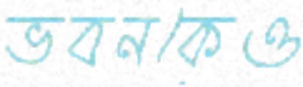
ভবনকেও